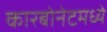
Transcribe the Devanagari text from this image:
कारबोनेटमध्ये